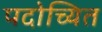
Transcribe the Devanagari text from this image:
पदोच्यित